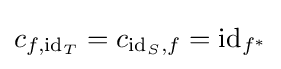
c_{f,\mathrm {id} _{T}}=c_{\mathrm {id} _{S},f}=\mathrm {id} _{f^{*}}